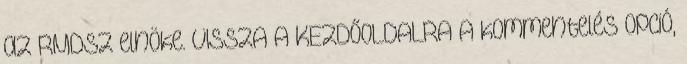
az RMDSZ elnöke. VISSZA A KEZDŐOLDALRA A kommentelés opció,